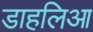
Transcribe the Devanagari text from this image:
डाहलिआ